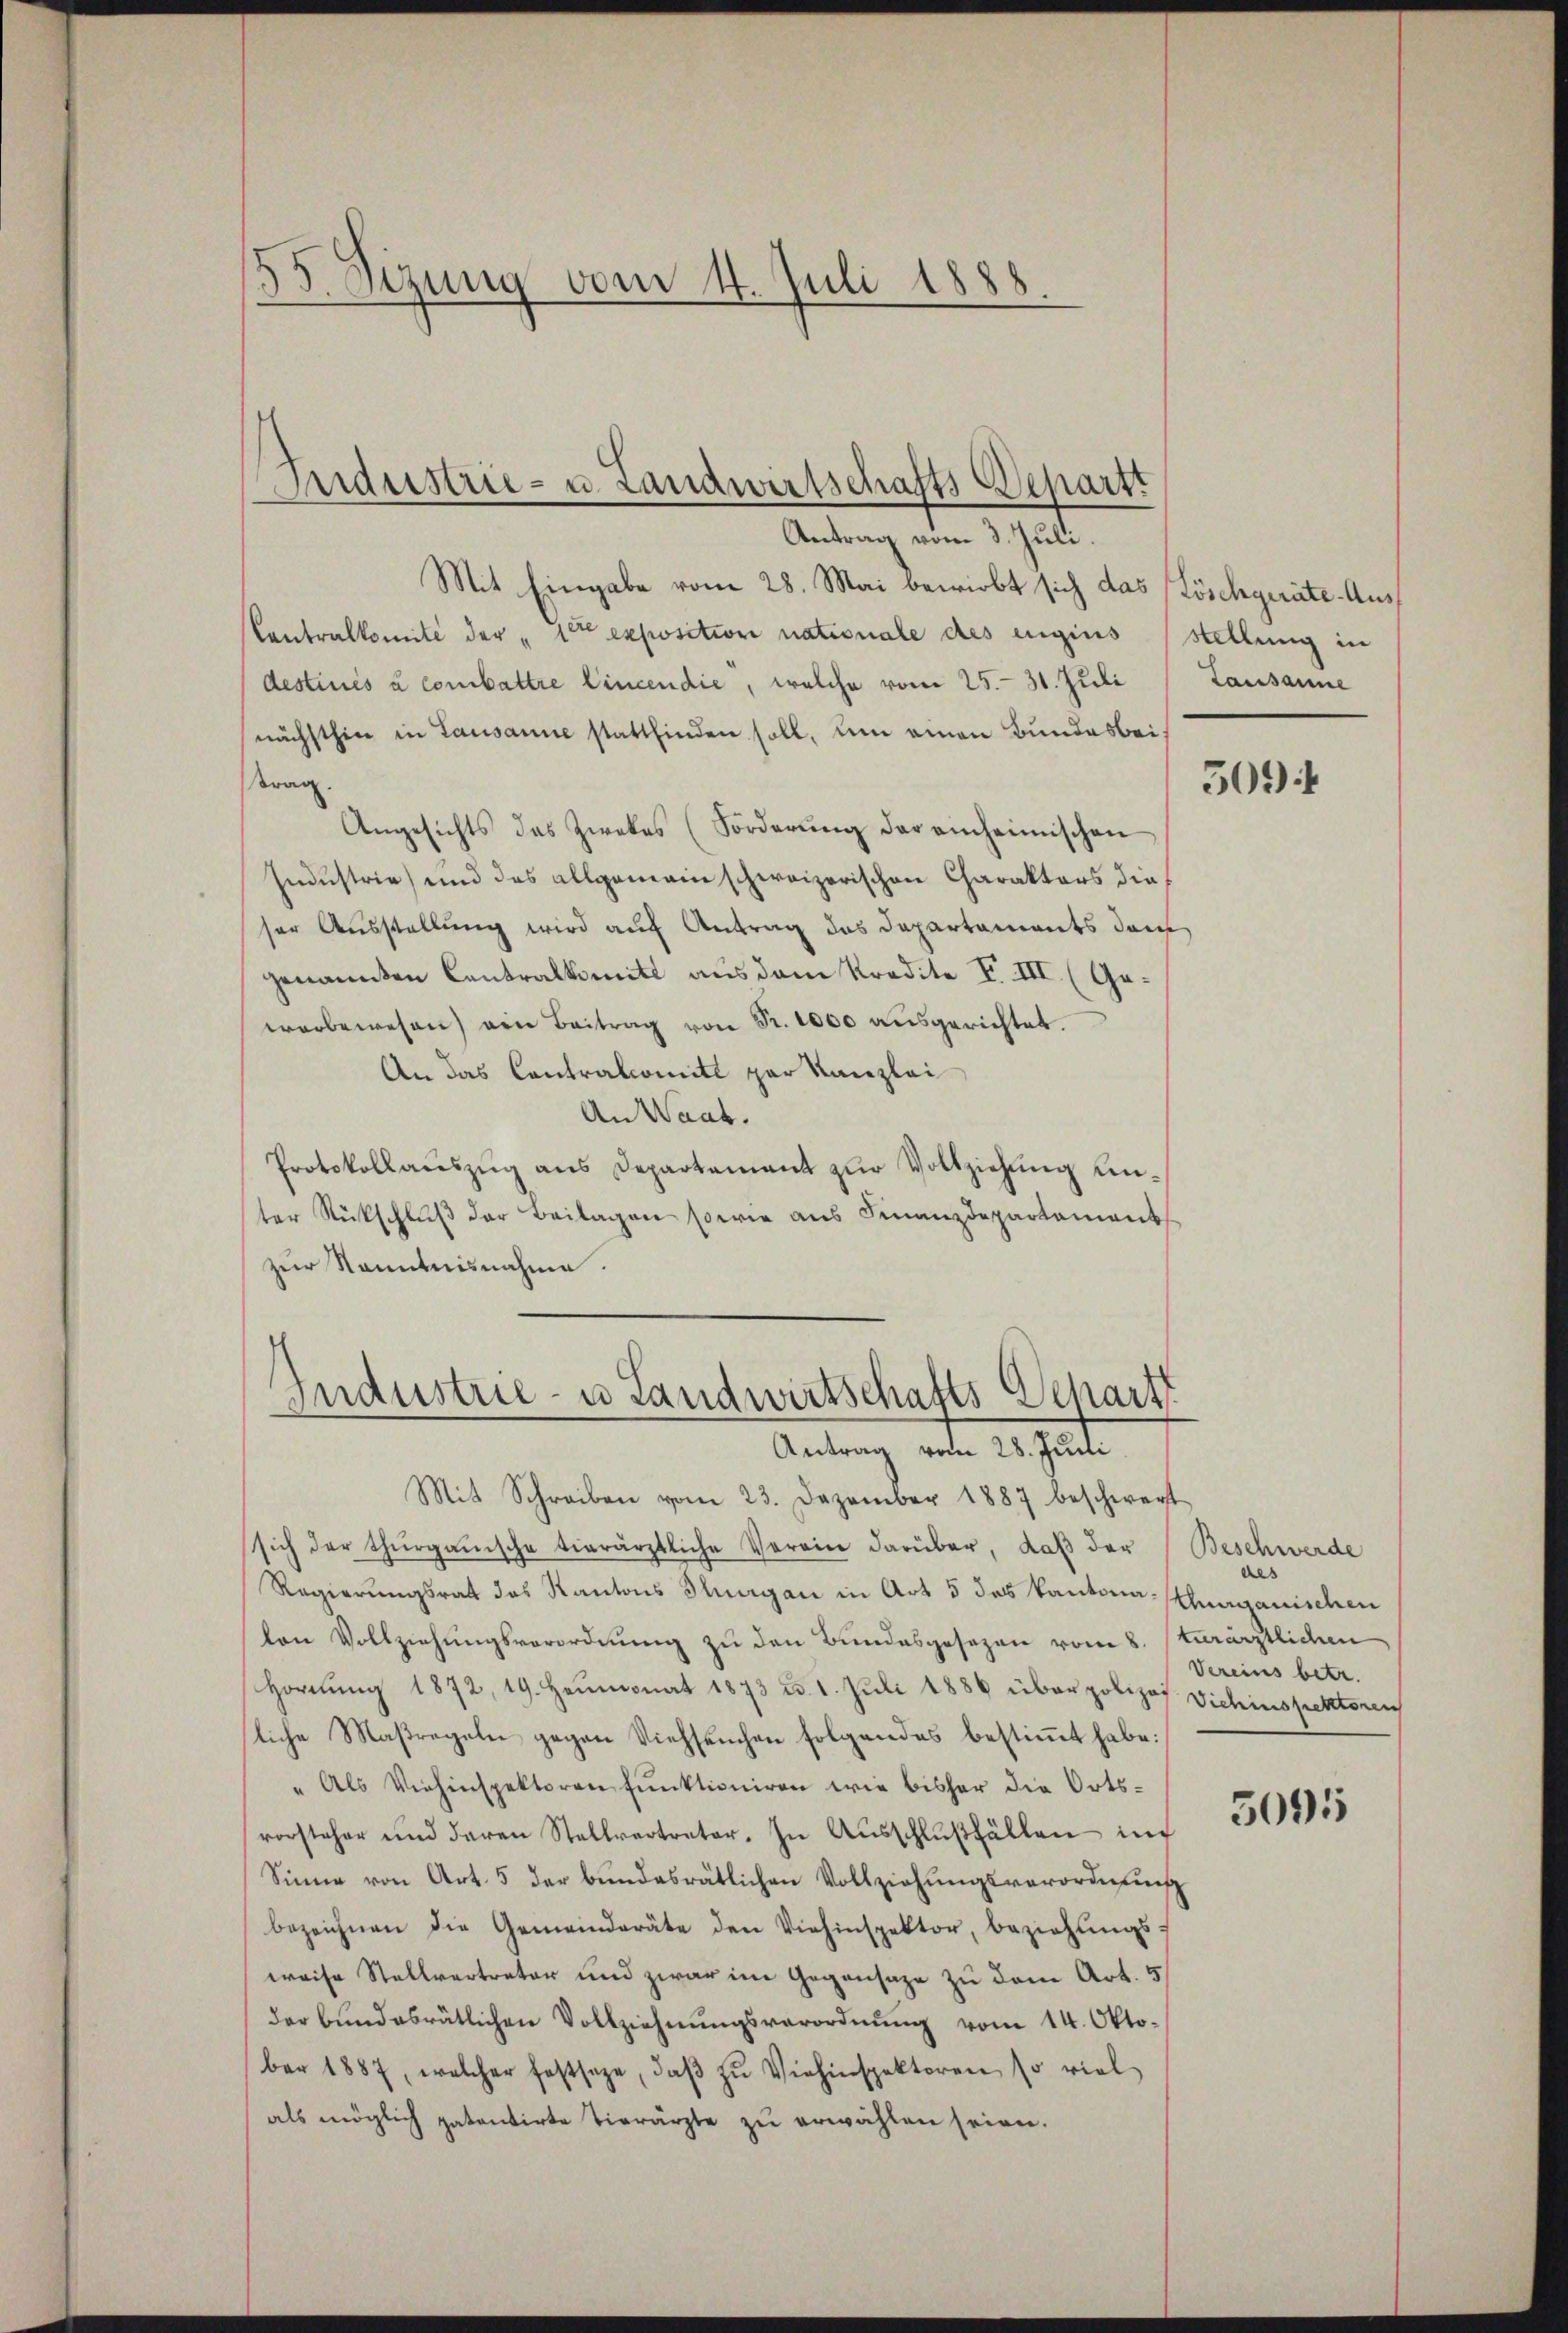
.
Sizung vom 4. Juli 1888.

Industrie- u. Landwirtschafts-Departi
Antrag vom 3. Juli.

Mit Eingabe vom 28. Mai bewirbt sich das Löschgeräte-Aus¬
Contralkomite der " 10ten exposition nationale des engius (stellung in
destinés à combattre Cincendie, welche vom 25. - 31. Juli
nächsthin in Lausanne stattfinden soll, um einen Bundesbeitrag.
Angesichts das Zwekes (Forderŭng der einheimischen
Industrie) und das allgemein schweizerischen Charakters dieser Ausstellung wird auf Antrag das Departaments dem
genannten Contralkomitt aus dem Kredite F. III. (Gewerbewesen) von Beitrag von Fr. 1000 ausgerichtet.
An das Contralcomite par Kanzlei
An Waat.
Protokollauszug aus Departement zur Vollziehung unter Rückschluß der Beilagen sowie aus Finanzdepartement
zur Kenntnisnahme.
Industrie- u Landwirtschafts Depart
Antrag vom 28. Juni
Mit Schreiben vom 23. Dezember 1887 beschwert
sich der thurgauische vierärztliche Verein darüber, daβ der Beschwerde
Regierungsrat des Kantons Thurgau in Art 5 des Kantona-thurgauischen
len Vollziehungsverordnung zu den Bundesgesezen vom 8. (turärztlichen
Hornung 1872, 19. Heumonat 1873 u. 1. Juli 1886 über polizos. Vichinspektoren
liche Maßregeln gegen Viehseuchen folgendes bestimmt habe:
" Als Viehinspektoren funktioniren wie bisher die Ortsvorsteher und deren Stellvertreter. In Aŭsschlŭβfällen in
Sinne von Art. 5 der bŭndesrätlichen Vollziehŭngsverordnŭng
bezeichnen die Gemeinderäte den Viehinspektor, beziehŭngs-
weise Stellvertreter und zwar im Gegensage zu dem Art. 5
der bundesrätlichen Vollziehnŭngsverordnŭng vom 14. Okto-
ber 1887, welcher festsage, daβ zŭ Viehinspektoren so viel
als möglich patentirte Tierärzte zu erwählen seien.

Lausanne

509)

des
Vereins betr.

5095